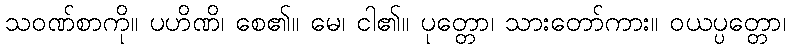
သဝဏ်စာကို။ ပဟိဏိ၊ စေ၏။ မေ၊ ငါ၏။ ပုတ္တော၊ သားတော်ကား။ ဝယပ္ပတ္တော၊